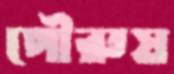
পৌরুষ